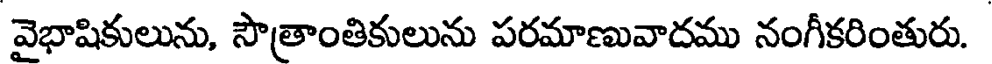
వైభాషికులును, సౌత్రాంతికులును పరమాణువాదము నంగీకరింతురు.